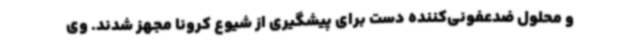
و محلول ضدعفونی‌کننده دست برای پیشگیری از شیوع کرونا مجهز شدند. وی